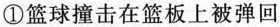
①篮球撞击在篮板上被弹回